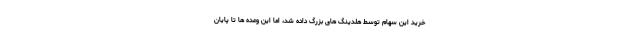
خرید این سهام توسط هلدینگ های بزرگ داده شد، اما این وعده ها تا پایان